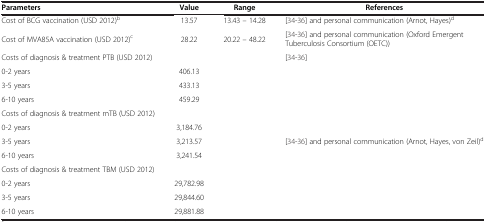
<table><thead><tr><td><b>Parameters</b></td><td><b>Value</b></td><td><b>Range</b></td><td><b>References</b></td></tr></thead><tbody><tr><td>Cost of BCG vaccination (USD 2012)<sup>b</sup></td><td>13.57</td><td>13.43 – 14.28</td><td>[34-36] and personal communication (Arnot, Hayes)<sup>d</sup></td></tr><tr><td>Cost of MVA85A vaccination (USD 2012)<sup>c</sup></td><td>28.22</td><td>20.22 – 48.22</td><td>[34-36] and personal communication (Oxford Emergent Tuberculosis Consortium (OETC))</td></tr><tr><td>Costs of diagnosis &amp; treatment PTB (USD 2012)</td><td> </td><td> </td><td>[34-36]</td></tr><tr><td>0-2 years</td><td>406.13</td><td> </td><td rowspan="10">[34-36] and personal communication (Arnot, Hayes, von Zeil)<sup>d</sup></td></tr><tr><td>3-5 years</td><td>433.13</td><td> </td></tr><tr><td>6-10 years</td><td>459.29</td><td> </td></tr><tr><td>Costs of diagnosis &amp; treatment mTB (USD 2012)</td><td> </td><td> </td></tr><tr><td>0-2 years</td><td>3,184.76</td><td> </td></tr><tr><td>3-5 years</td><td>3,213.57</td><td> </td></tr><tr><td>6-10 years</td><td>3,241.54</td><td> </td></tr><tr><td>Costs of diagnosis &amp; treatment TBM (USD 2012)</td><td> </td><td> </td></tr><tr><td>0-2 years</td><td>29,782.98</td><td> </td></tr><tr><td>3-5 years</td><td>29,844.60</td><td> </td></tr><tr><td>6-10 years</td><td>29,881.88</td><td> </td><td> </td></tr></tbody></table>